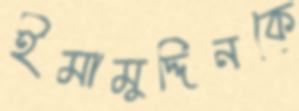
ইমামুদ্দিনকে